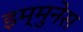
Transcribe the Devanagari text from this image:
इम्मुनेस